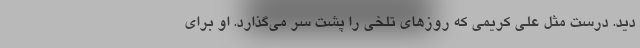
دید. درست مثل علی کریمی که روز‌های تلخی را پشت سر می‌گذارد. او برای